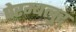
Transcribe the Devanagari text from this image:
पेरम्बलुर्